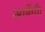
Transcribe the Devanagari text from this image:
आयेंगी।